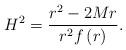
LaTeX: \begin{align*}H^{2}=\frac{r^{2}-2Mr}{r^{2}f\left( r\right) }.\end{align*}